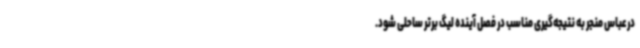
درعباس منجر به نتیجه‌گیری مناسب در فصل آینده لیگ برتر ساحلی شود.